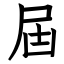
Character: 屆